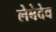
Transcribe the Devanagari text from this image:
लेबेदेव